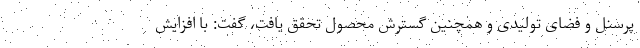
پرسنل و فضای تولیدی و همچنین گسترش محصول تحقق یافت، گفت: با افزایش